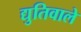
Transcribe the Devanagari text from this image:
द्युतिवाले